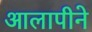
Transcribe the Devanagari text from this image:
आलापीने